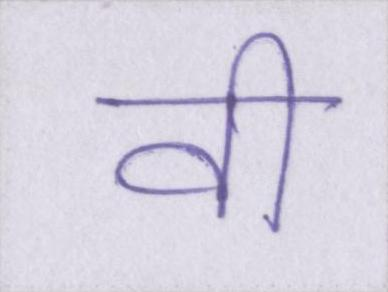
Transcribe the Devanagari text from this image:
वी